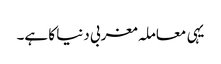
یہی معاملہ مغربی دنیا کا ہے۔